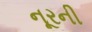
નૂરની